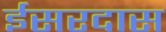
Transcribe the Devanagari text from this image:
ईसरदास